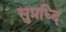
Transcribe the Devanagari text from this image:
सुप्रध्दि